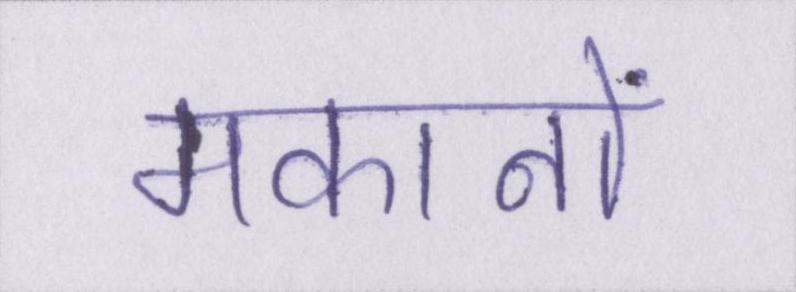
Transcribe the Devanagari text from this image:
मकानों